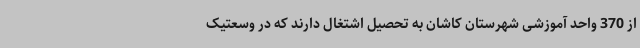
از 370 واحد آموزشی شهرستان کاشان به تحصیل اشتغال دارند که در وسعتیک